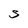
Character: S